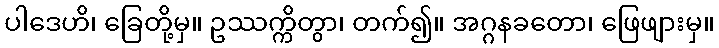
ပါဒေဟိ၊ ခြေတို့မှ။ ဥဿက္ကိတွာ၊ တက်၍။ အဂ္ဂနခတော၊ ဖြေဖျားမှ။